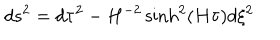
d s ^ { 2 } = d \tau ^ { 2 } - H ^ { - 2 } \sinh ^ { 2 } ( H \tau ) d \xi ^ { 2 }